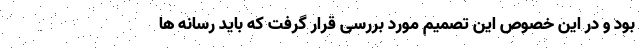
بود و در این خصوص این تصمیم مورد بررسی قرار گرفت که باید رسانه ها